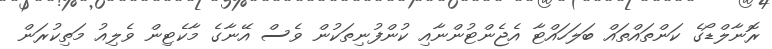
ރޮނާލްޑޯގެ ކަންތައްތައް ބަލަހައްޓާ އެޖެންޓުންނާއި ކުންފުނިތަކުން ވެސް އޭނާގެ މާކެޓިން ވެލިއު މަތިކުރަން